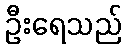
ဦးရေသည်